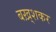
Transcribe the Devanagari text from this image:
बख़्शकर